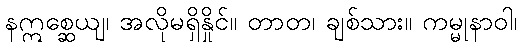
နဣစ္ဆေယျ၊ အလိုမရှိနှိုင်။ တာတ၊ ချစ်သား။ ကမ္မုနာဝါ၊